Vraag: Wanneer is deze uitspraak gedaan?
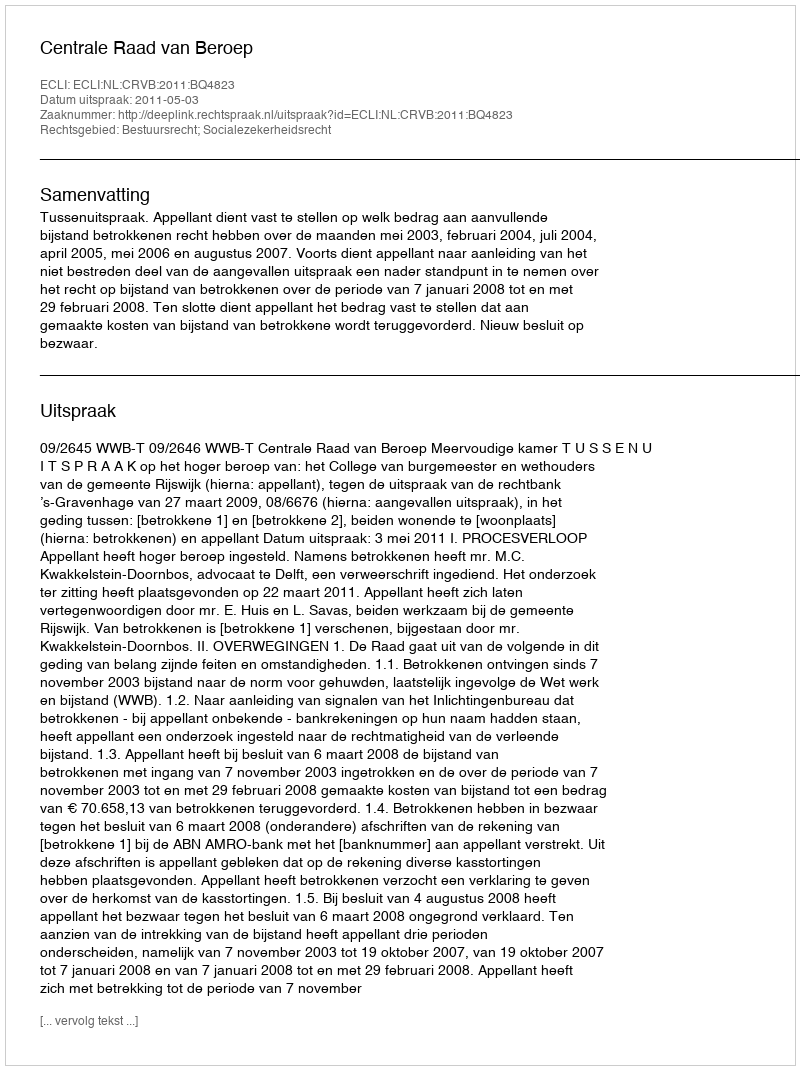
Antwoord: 2011-05-03